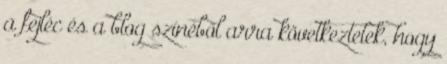
a fejléc és a blog színéből arra következtetek, hogy